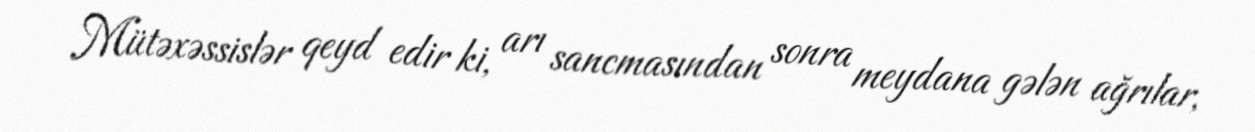
Mütəxəssislər qeyd edir ki, arı sancmasından sonra meydana gələn ağrılar,